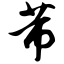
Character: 芾